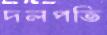
দলপতি